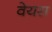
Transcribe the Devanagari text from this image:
वेयस